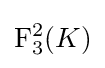
\mathrm {F} _{3}^{2}(K)